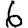
Digit: 6